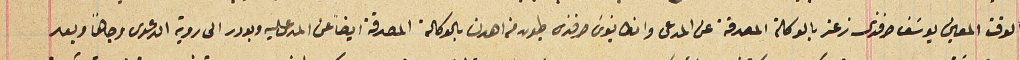
الوقت المعين يوسَف افندى زعتر بالوكالة المصدقة عن المدعى وانطانيوسَ افندى طيون من اهدن بالوكالة المصدقة ايضاً عن المدعى عليه وبودر الى روية الدعوى وجاهاً وبعد